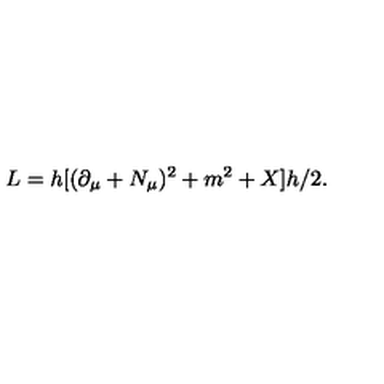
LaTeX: L = h [ ( \partial _ { \mu } + N _ { \mu } ) ^ { 2 } + m ^ { 2 } + X ] h / 2 .